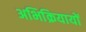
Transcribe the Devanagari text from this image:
अभिक्रियायों